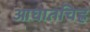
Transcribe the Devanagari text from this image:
आघातचिह्र